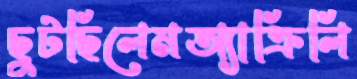
ছুটছিলেমঅ্যাক্রিলি